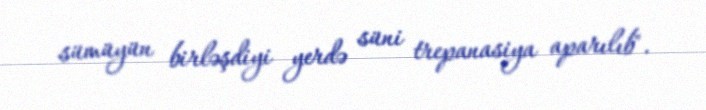
sümüyün birləşdiyi yerdə süni trepanasiya aparılıb".